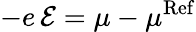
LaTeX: -e\, \mathcal{E}=\mu-\mu^{\mathrm{Ref}}